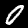
Digit: 0